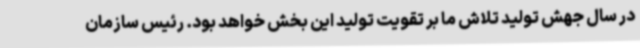
در سال جهش تولید تلاش ما بر تقویت تولید این بخش خواهد بود. رئیس سازمان